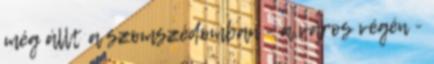
még állt a szomszédomban - a város végén -